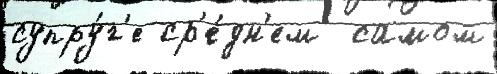
супру́г'е ср'е́дн'ем  самом